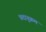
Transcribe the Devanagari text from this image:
प्रदानुक्रम